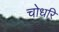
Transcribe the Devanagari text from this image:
चोधरि